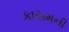
કાસમની